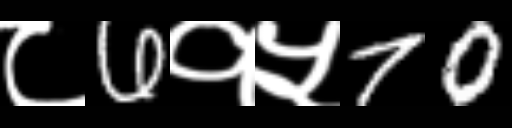
Text: ८6१५70